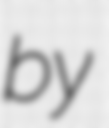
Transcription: by